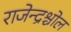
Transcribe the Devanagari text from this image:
राजेन्द्रश्चोल